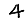
Digit: 4